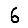
Digit: 6